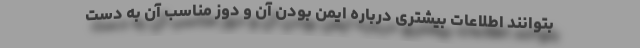
بتوانند اطلاعات بیشتری درباره ایمن بودن آن و دوز مناسب آن به دست